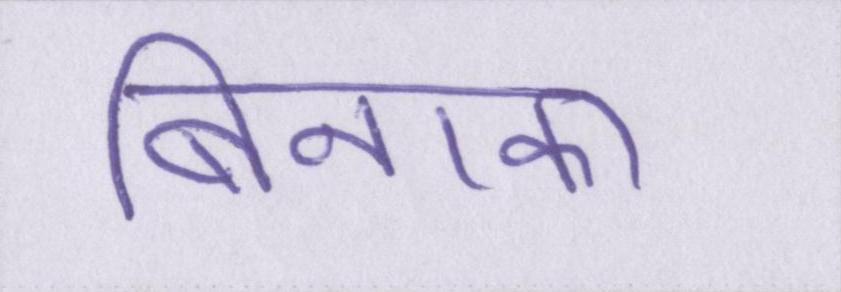
बिनाका